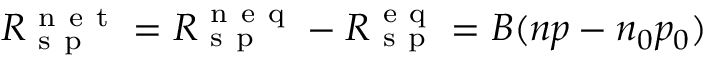
R _ { \mathrm { ~ s ~ p ~ } } ^ { \mathrm { ~ n ~ e ~ t ~ } } = R _ { \mathrm { ~ s ~ p ~ } } ^ { \mathrm { ~ n ~ e ~ q ~ } } - R _ { \mathrm { ~ s ~ p ~ } } ^ { \mathrm { ~ e ~ q ~ } } = B ( n p - n _ { 0 } p _ { 0 } )